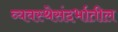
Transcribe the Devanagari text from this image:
व्यवस्थेसंदर्भातील